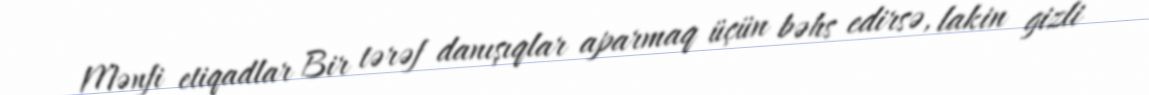
Mənfi etiqadlar Bir tərəf danışıqlar aparmaq üçün bəhs edirsə, lakin gizli